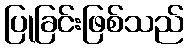
ပြုခြင်းဖြစ်သည်